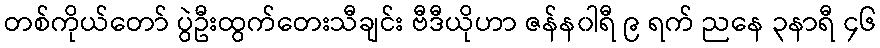
တစ်ကိုယ်တော် ပွဲဦးထွက်တေးသီချင်း ဗီဒီယိုဟာ ဇန်န၀ါရီ ၉ ရက် ညနေ ၃နာရီ ၄၆